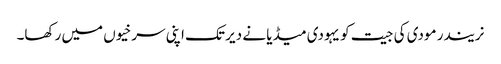
نریندر مودی کی جیت کو یہودی میڈیا نے دیر تک اپنی سرخیوں میں رکھا۔